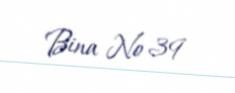
Bina № 39